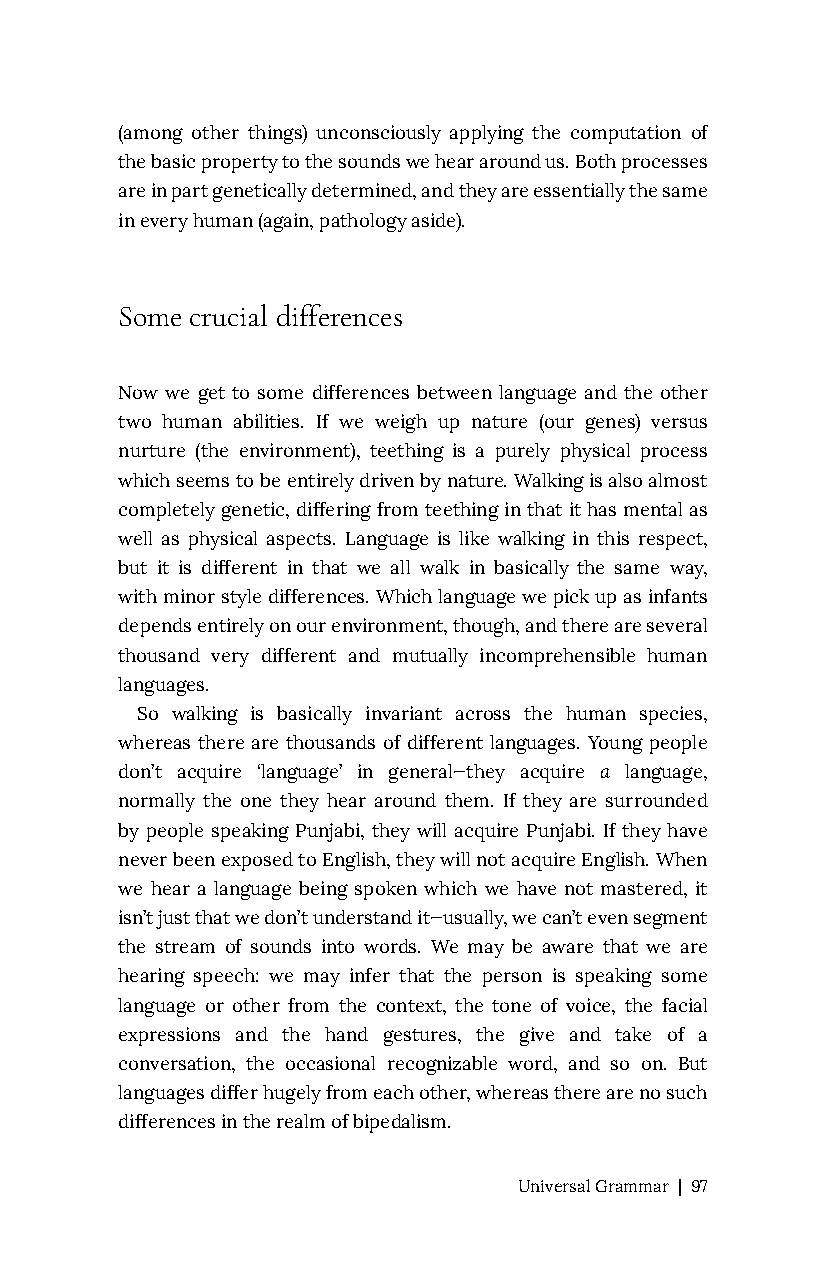
(among other things) unconsciously applying the computation of
 the basic property to the sounds we hear around us. Both processes
 are in part genetically determined, and they are essentially the same
 in every human (again, pathology aside).
 Some crucial differences
 Now we get to some differences between language and the other
 two human abilities. If we weigh up nature (our genes) versus
 nurture (the environment), teething is a purely physical process
 which seems to be entirely driven by nature. Walking is also almost
 completely genetic, differing from teething in that it has mental as
 well as physical aspects. Language is like walking in this respect,
 but it is different in that we all walk in basically the same way,
 with minor style differences. Which language we pick up as infants
 depends entirely on our environment, though, and there are several
 thousand very different and mutually incomprehensible human
 languages.
 So walking is basically invariant across the human species,
 whereas there are thousands of different languages. Young people
 don’t acquire ‘language’ in general—they acquire a language,
 normally the one they hear around them. If they are surrounded
 by people speaking Punjabi, they will acquire Punjabi. If they have
 never been exposed to English, they will not acquire English. When
 we hear a language being spoken which we have not mastered, it
 isn’t just that we don’t understand it—usually, we can’t even segment
 the stream of sounds into words. We may be aware that we are
 hearing speech: we may infer that the person is speaking some
 language or other from the context, the tone of voice, the facial
 expressions and the hand gestures, the give and take of a
 conversation, the occasional recognizable word, and so on. But
 languages differ hugely from each other, whereas there are no such
 differences in the realm of bipedalism.
 Universal Grammar | 97